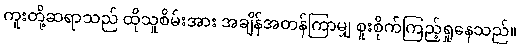
ကူးတို့ဆရာသည် ထိုသူစိမ်းအား အချိန်အတန်ကြာမျှ စူးစိုက်ကြည့်ရှုနေသည်။